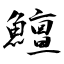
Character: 鱣